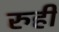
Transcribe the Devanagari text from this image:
रुही